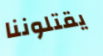
يقتلوننا